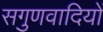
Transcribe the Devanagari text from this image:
सगुणवादियों